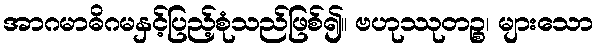
အာဂမာဓိဂမနှင့်ပြည့်စုံသည်ဖြစ်၍။ ဗဟုဿုတဉ္စ၊ များသော